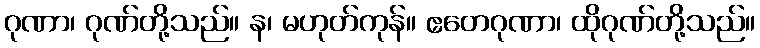
ဂုဏာ၊ ဂုဏ်တို့သည်။ န၊ မဟုတ်ကုန်။ ဧတေဂုဏာ၊ ထိုဂုဏ်တို့သည်။